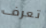
تعرف